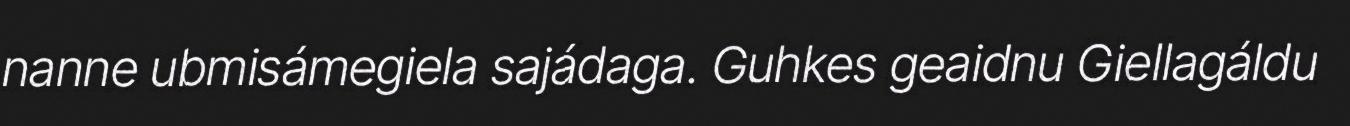
nanne ubmisámegiela sajádaga. Guhkes geaidnu Giellagáldu